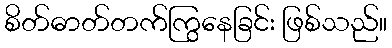
စိတ်ဓာတ်တက်ကြွနေခြင်း ဖြစ်သည်။